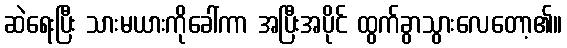
ဆဲရေးပြီး သားမယားကိုခေါ်ကာ အပြီးအပိုင် ထွက်ခွာသွားလေတော့၏။